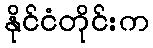
နိုင်ငံတိုင်းက